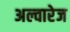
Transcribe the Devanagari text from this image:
अल्वारेज